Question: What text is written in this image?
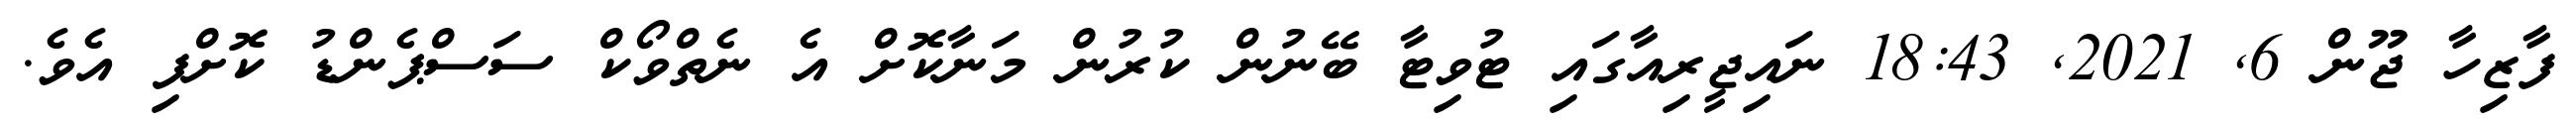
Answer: ފާޒިހާ ޖޫން 6, 2021, 18:43 ނައިޖީރިއާގައި ޓުވިޓާ ބޭނުން ކުރުން މަނާކޮށް އެ ނެތްވޯކް ސަސްޕެންޑު ކޮށްފި އެވެ.